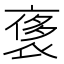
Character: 𧚤